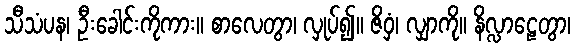
သီသံပန၊ ဦးခေါင်းကိုကား။ စာလေတွာ၊ လှုပ်၍။ ဇိဝှံ၊ လျှာကို။ နိလ္လာဠေတွာ၊